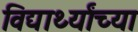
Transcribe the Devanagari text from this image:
विद्यार्थ्‍यांच्‍या